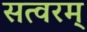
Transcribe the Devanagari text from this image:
सत्वरम्